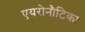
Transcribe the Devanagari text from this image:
एयरोनौटिका